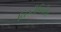
વિકીપિડીયા